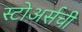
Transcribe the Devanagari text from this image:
स्टोअर्सची